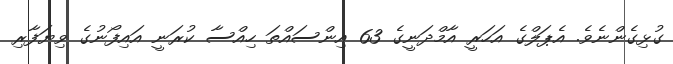
ގުޅިގެންނެވެ. އެޕަލްގެ އަހަރީ އާމްދަނީގެ 63 އިންސައްތަ ހިއްސާ ކުރަނީ އައިފޯނުގެ ވިޔަފާރި